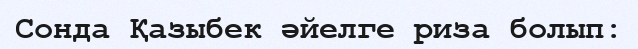
Сонда Қазыбек әйелге риза болып: